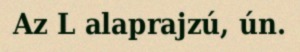
Az L alaprajzú, ún.